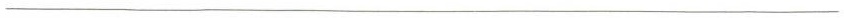
___